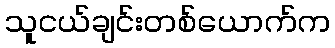
သူငယ်ချင်းတစ်ယောက်က